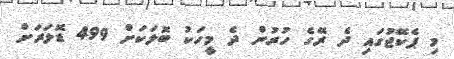
މި ޕެކޭޖުގައި ދެ ރޭގެ ހުރުން ދެ މީހަކު ބޮލަކަށް 499 ޑޮލަރަށް